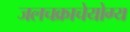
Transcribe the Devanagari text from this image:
जलचक्राचेयोग्य